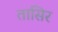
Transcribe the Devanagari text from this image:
तासिर